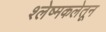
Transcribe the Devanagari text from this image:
श्लेष्मकलेतून